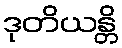
ဒုတိယန္တိ